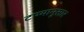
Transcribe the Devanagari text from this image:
टप्प्यानुसार